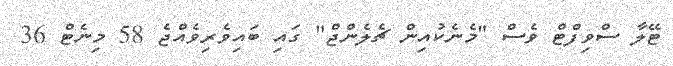
ޓޭލާ ސްވިފްޓް ވެސް "މެނެކުއިން ޗެލެންޖް" ގައި ބައިވެރިވެއްޖެ 58 މިނެޓް 36